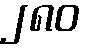
၂၈၀